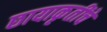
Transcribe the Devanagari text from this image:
छायाकृतींचे